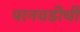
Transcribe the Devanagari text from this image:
पानवडीची